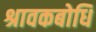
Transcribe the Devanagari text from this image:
श्रावकबोधि